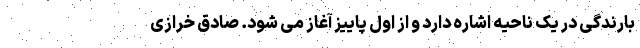
بارندگی در یک ناحیه اشاره دارد و از اول پاییز آغاز می شود. صادق خرازی